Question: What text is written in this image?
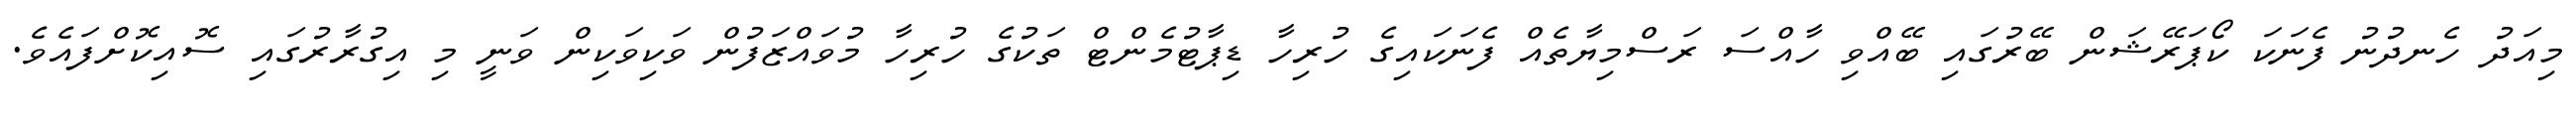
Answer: މިއަދު ހެނދުނު ފެނަކަ ކޯޕަރޭޝަން ބޭރުގައި ބޭއްވި ހާއްސަ ރަސްމިޔާތެއް ފެނަކައިގެ ހުރިހާ ޑިޕާޓުމެންޓް ތަކުގެ ހުރިހާ މުވައްޒަފުން ވަކިވަކިން ވަނީ މި އިގުރާރުގައި ސޮއިކޮށްފައެވެ.